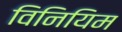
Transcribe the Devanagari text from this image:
विनियिम